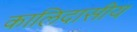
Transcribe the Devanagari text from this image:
कालिदासीय